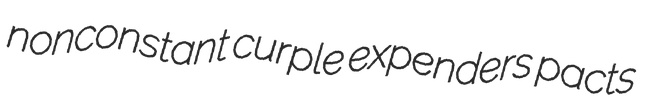
nonconstant curple expenders pacts